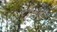
દીસતા